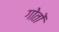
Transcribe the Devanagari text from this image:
गोतों